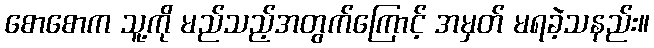
စောစောက သူ့ကို မည်သည့်အတွက်ကြောင့် အမှတ် မရခဲ့သနည်း။